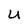
Character: U